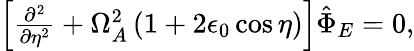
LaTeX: \begin{array}{r}{\left[\frac{\partial^{2}}{\partial\eta^{2}}+\Omega_{A}^{2}\left(1+2\epsilon_{0}\cos\eta\right)\right]\hat{\Phi}_{E}=0,}\end{array}